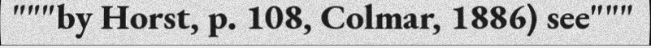
"""by Horst, p. 108, Colmar, 1886) see"""